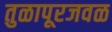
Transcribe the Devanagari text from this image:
तुळापूरजवळ